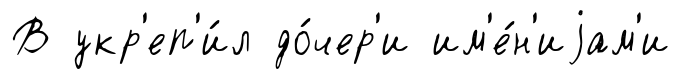
В укр'еп'и́л до́чер'и им'е́н'иjам'и